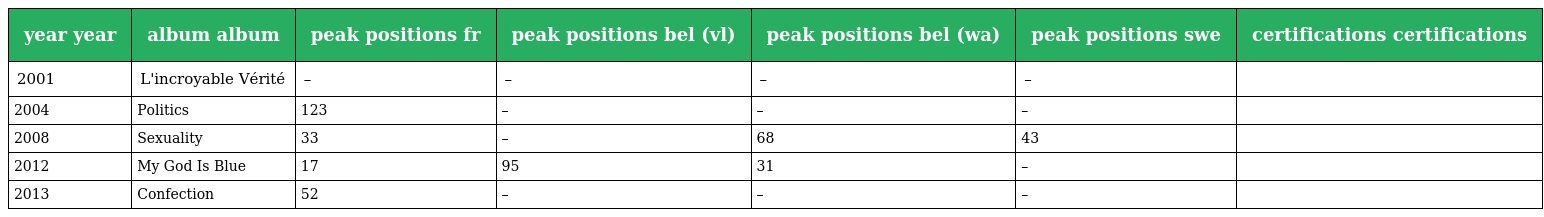
| year year | album album | peak positions fr | peak positions bel (vl) | peak positions bel (wa) | peak positions swe | certifications certifications |
 | --- | --- | --- | --- | --- | --- | --- |
 | 2001 | L'incroyable Vérité | – | – | – | – |  |
 | 2004 | Politics | 123 | – | – | – |  |
 | 2008 | Sexuality | 33 | – | 68 | 43 |  |
 | 2012 | My God Is Blue | 17 | 95 | 31 | – |  |
 | 2013 | Confection | 52 | – | – | – |  |